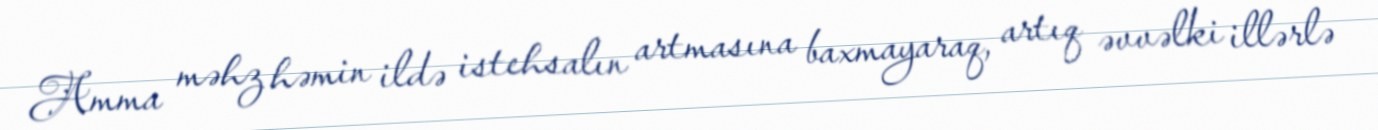
Amma məhz həmin ildə istehsalın artmasına baxmayaraq, artıq əvvəlki illərlə